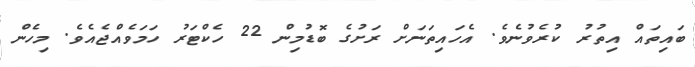
ބައިތައް އިތުރު ކުރެވުނެވެ. އެހައިތަނަށް ރަށުގެ ބޮޑުމިން 22 ހެކްޓަރު ހަމަވެއްޖެއެވެ. މިހެން